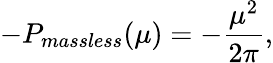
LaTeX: -P_{massless}(\mu)=-\frac{\mu^{2}}{2\pi},